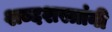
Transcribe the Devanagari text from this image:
शब्दशस्त्रांनी